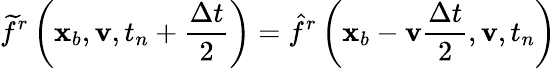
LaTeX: \widetilde{f}^{r}\left(\mathbf x_{b},\mathbf v,t_{n}+\frac{\Delta t}{2}\right)=\hat{f}^{r}\left(\mathbf x_{b}-\mathbf v\frac{\Delta t}{2},\mathbf v,t_{n}\right)